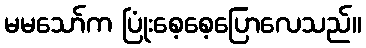
မမသော်က ပြုံးစေ့စေ့ပြောလေသည်။